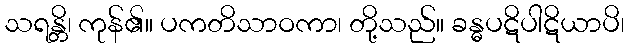
သရန္တိ၊ ကုန်၏။ ပကတိသာဝကာ၊ တို့သည်။ ခန္ဓပဋိပါဋိယာပိ၊